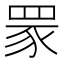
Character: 𦊽